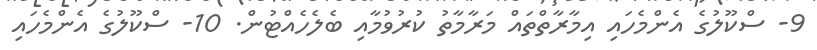
9- ސްކޫލުގެ އެންމެހައި އިމާރާތްތައް މަރާމާތު ކުރުވުމާއި ބެލެހެއްޓުން. 10- ސްކޫލުގެ އެންމެހައި